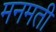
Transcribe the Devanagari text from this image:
मनमती